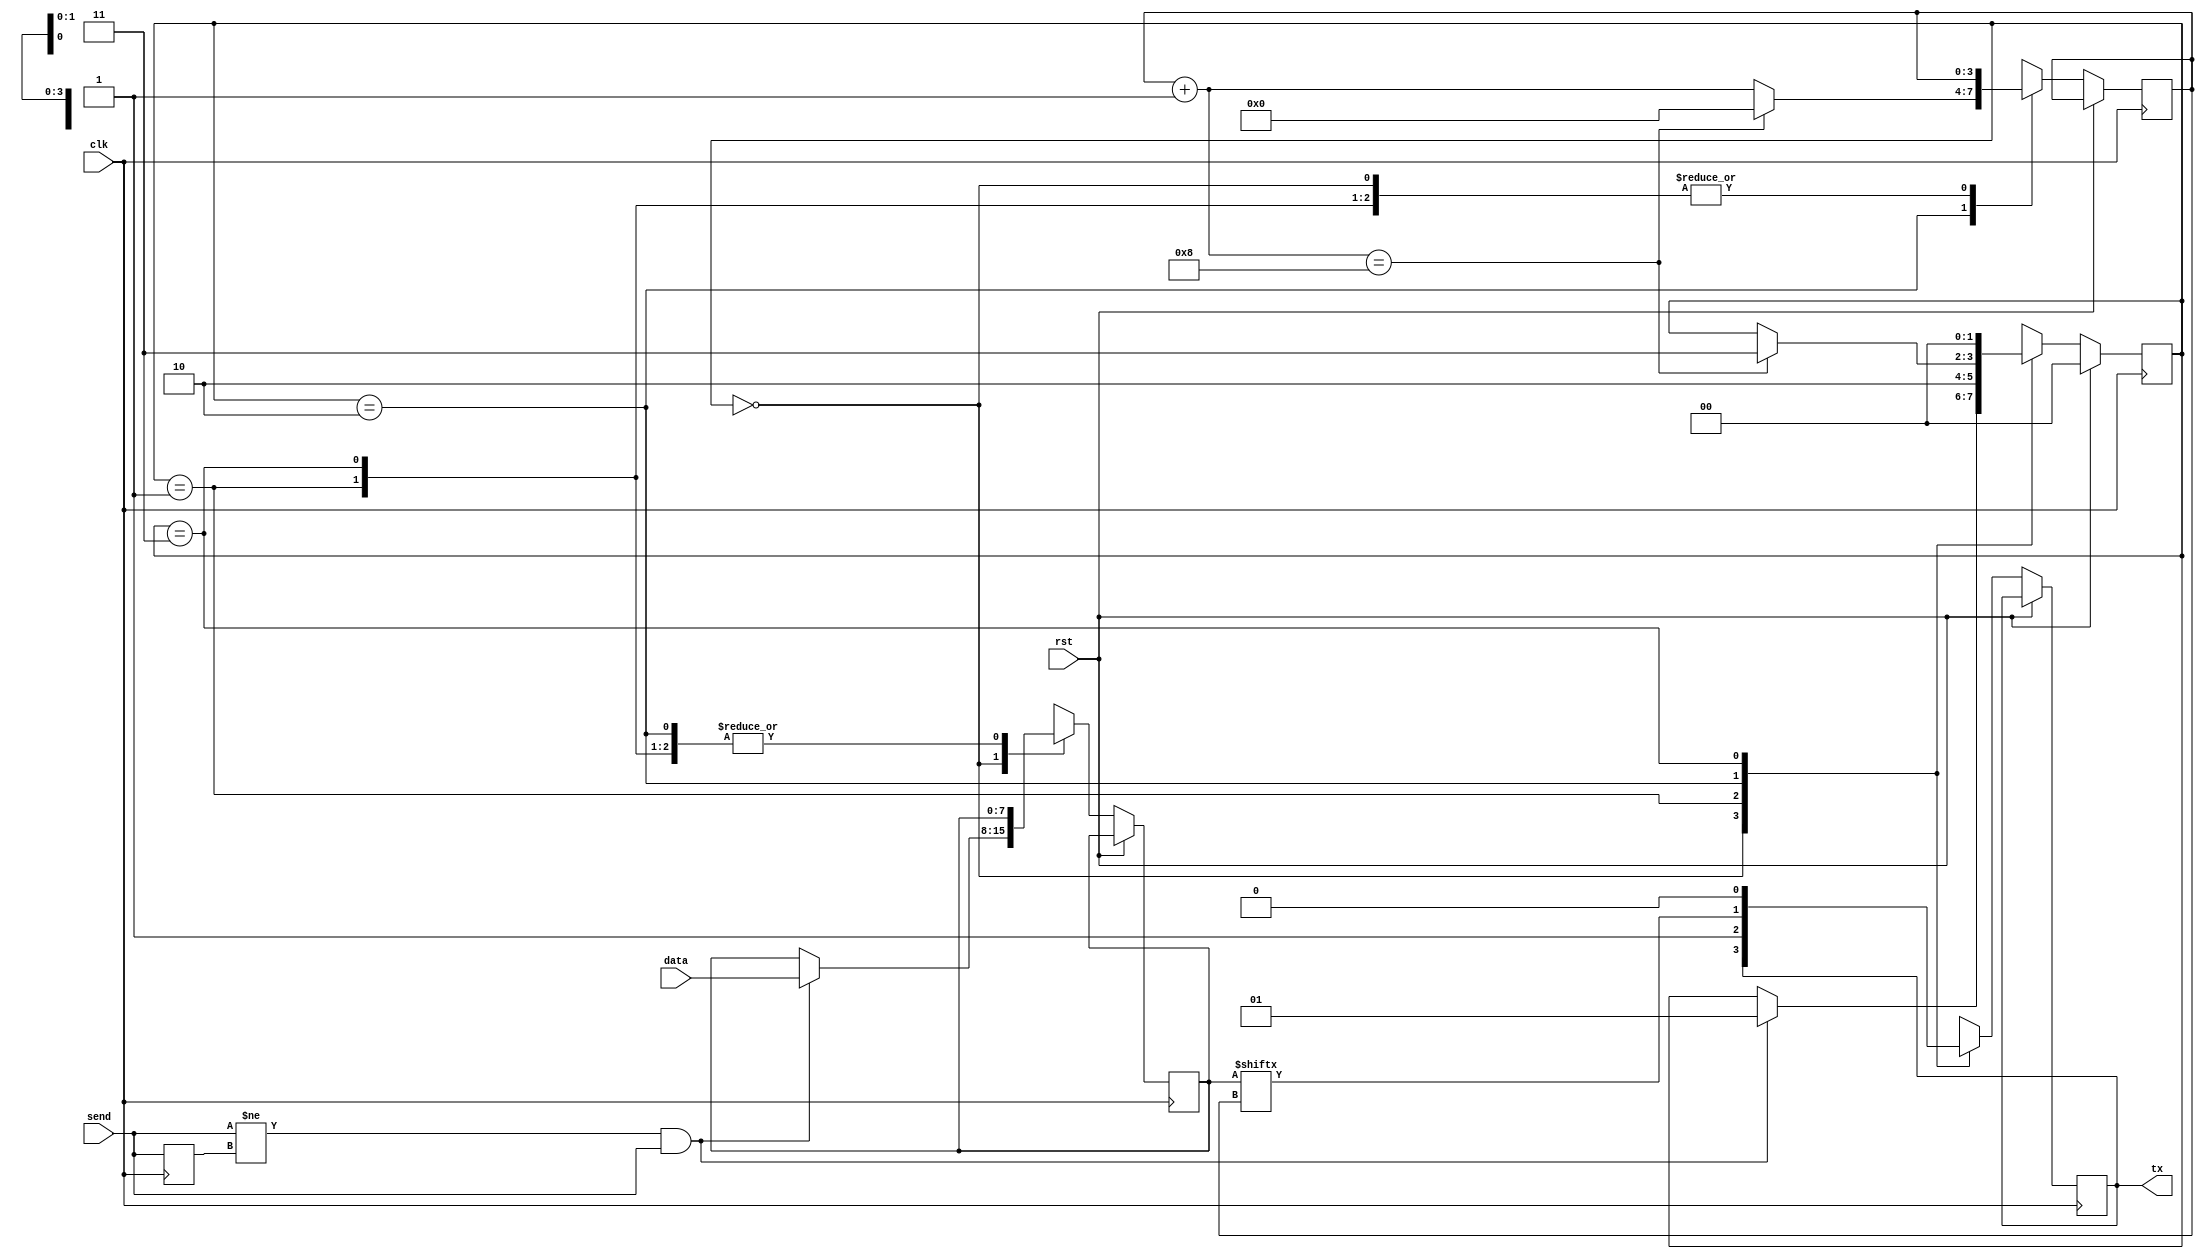
`timescale 1ns / 1ps
//////////////////////////////////////////////////////////////////////////////////
// Company: 
// Engineer: 
// 
// Design Name: 
// Module Name: State_machine
// Project Name: 
// Target Devices: 
// Tool Versions: 
// Description: 
// 
// Dependencies: 
// 
// Revision:
// Revision 0.01 - File Created
// Additional Comments:
// 
//////////////////////////////////////////////////////////////////////////////////


module State_machine(input clk, rst, send, input [7:0] data, output tx);
localparam BIT_NUMBER = 8;
localparam WIDTH = $clog2(BIT_NUMBER);
localparam IDLE = 0, START = 1, DATA = 2, STOP = 3;

reg [WIDTH : 0] bit_counter = 0;
reg [1:0] state = IDLE;
reg prev_send = 0;
reg tx_bit = 0;
reg [BIT_NUMBER - 1 : 0] data_reg;

always @ (posedge clk) begin

    if (rst)
        state <= IDLE;
    else begin
        case(state)
            IDLE: begin
                if (send != prev_send && send == 1) begin
                    data_reg = data;
                    state = START;
                end
            end
            
            START: begin
                tx_bit = 1;
                state = DATA;
            end
            
            DATA: begin
                tx_bit = data_reg[bit_counter];
                bit_counter = bit_counter + 1;
                if (bit_counter == 8) begin
                    bit_counter = 0;
                    state = STOP;
                end
            end
            
            STOP: begin
                tx_bit = 0;
                state = IDLE;
            end
            
        endcase
    end
    prev_send = send;
    
end
assign tx = tx_bit;
endmodule